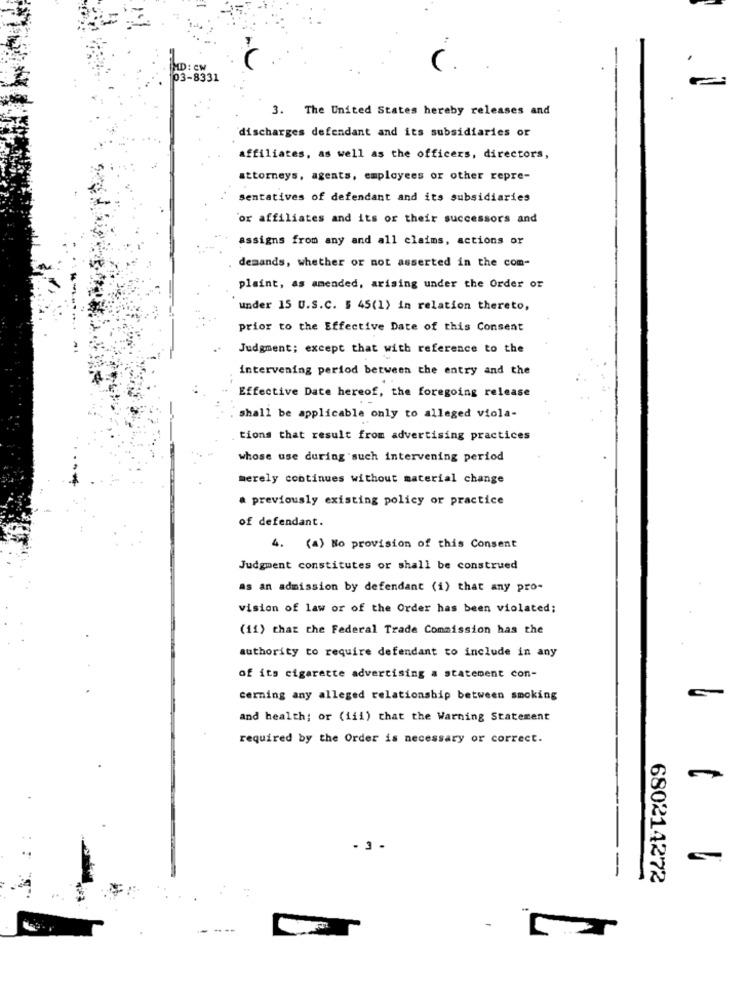
AL
MD: CM
03-8331
3. The United States hereby releases and
discharges defendant and its subsidiaries or
affiliates, as well as the officers, directors,
attorneys, agents, employees or other repre-
sentatives of defendant and its subsidiaries
or affiliates and its or their successors and
assigns from any and all claims, actions or
demands, whether or not asserted in the com-
plaint, as amended, arising under the Order or
under 15 U.S.C. $ 45(1) in relation thereto,
prior to the Effective Date of this Consent
Judgment; except that with reference to the
intervening period between the entry and the
Effective Date hereof, the foregoing release
shall be applicable only to alleged viola-
tions that result from advertising practices
whose use during such intervening period
merely continues without material change
a previously existing policy or practice
of defendant.
4. (a) No provision of this Consent
Judgment constitutes or shall be construed
as an admission by defendant (i) that any pro-
vision of law or of the Order has been violated;
(11) that the Federal Trade Commission has the
authority to require defendant to include in any
of its cigarette advertising a statement con-
Gerning any alleged relationship between smoking
and health; or (iii) that the Warning Statement
required by the Order is necessary or correct.
- 3 -
----
680214272
-